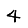
Digit: 4